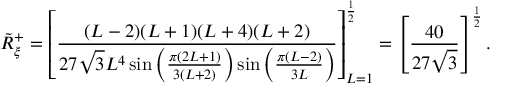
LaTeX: \tilde { R } _ { \xi } ^ { + } = \left[ \frac { ( L - 2 ) ( L + 1 ) ( L + 4 ) ( L + 2 ) } { 2 7 \sqrt { 3 } L ^ { 4 } \sin \left( \frac { \pi ( 2 L + 1 ) } { 3 ( L + 2 ) } \right) \sin \left( \frac { \pi ( L - 2 ) } { 3 L } \right) } \right] _ { L = 1 } ^ { \frac { 1 } { 2 } } = \left[ \frac { 4 0 } { 2 7 \sqrt { 3 } } \right] ^ { \frac { 1 } { 2 } } .